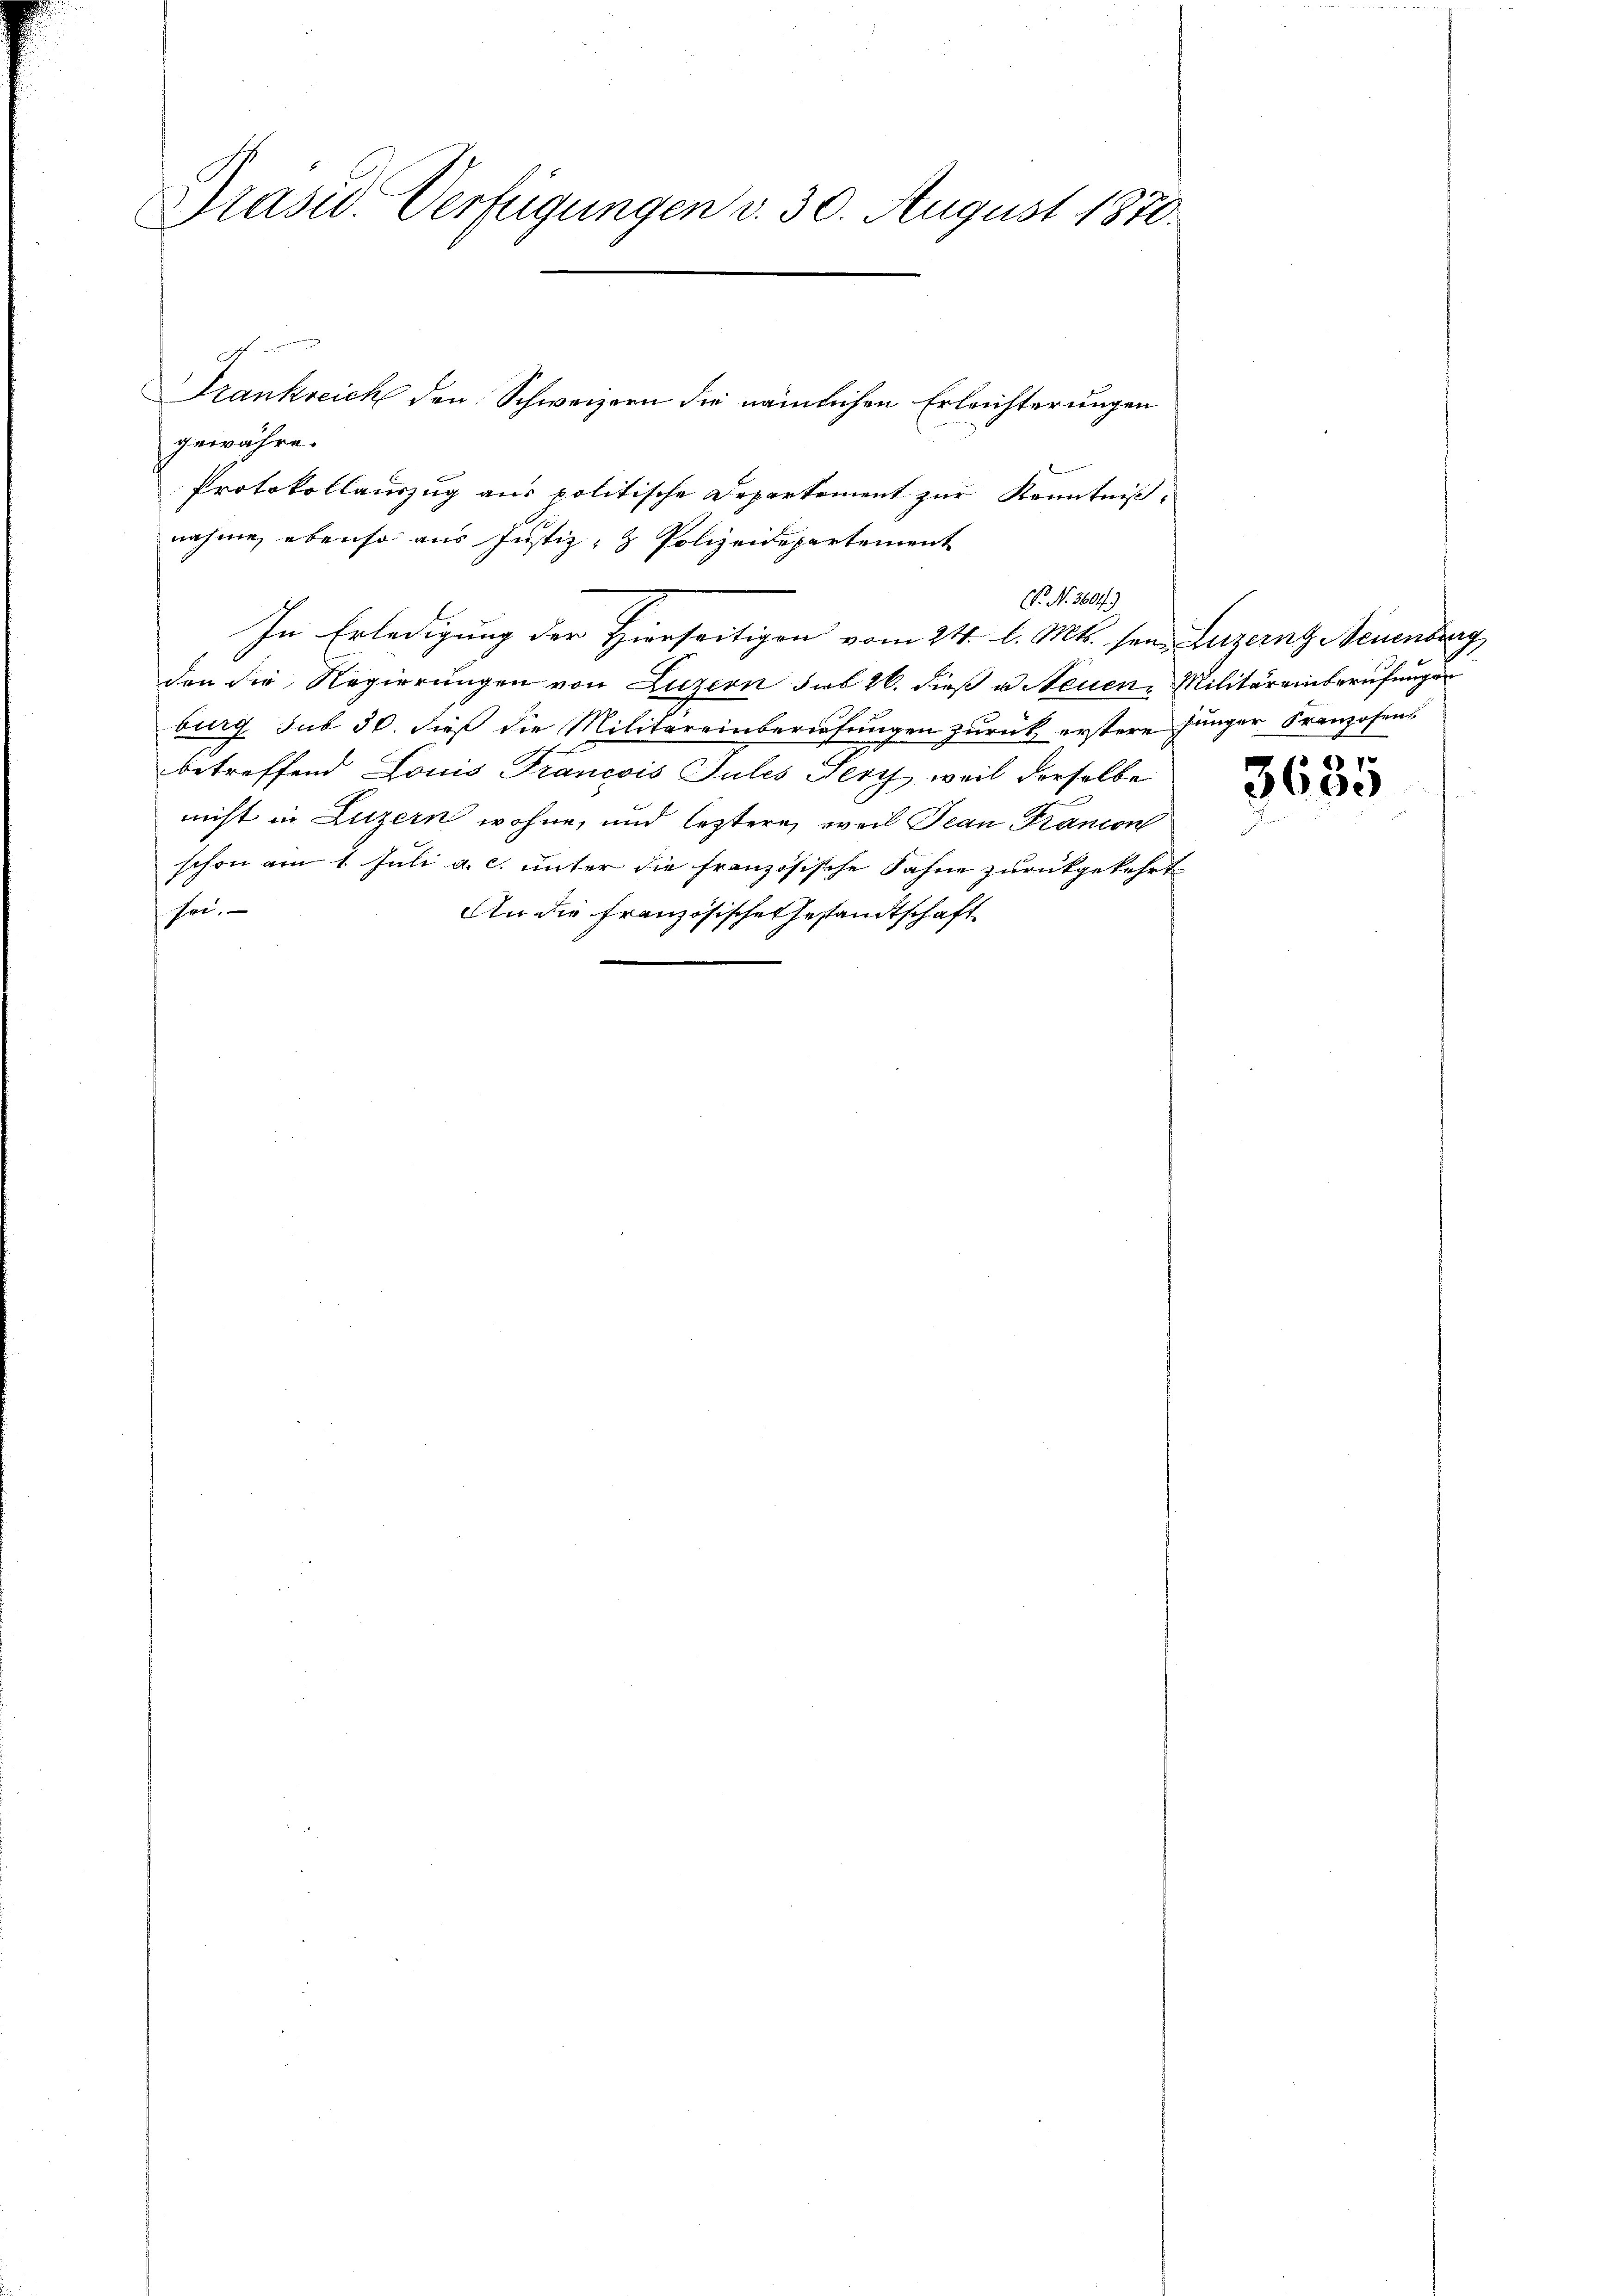
Präsid. Verfügungen v. 30. August 1870.

gewähre.
Protokollauszug aus politische Departement zur Kenntnißnahme, ebenso aus Justiz- & Polizeidepartement
In Erledigung der Hierseitigen vom 24. d. Mts. sen. Luzernz Neuenburg
den die Regierungen von Luzern sub 26. dieß u Neuen Militäreinberufungen
burg sub 30. dieß die Militäreinberiehungen zurück erstere Jünger Franzosens
betreffend Louis Francois Julis Terz, weil derselbe
nicht in Luzern wohne, und leztere, weil Dean Francon
schon am 1. Juli a. c. unter die französische Fahne zurückgekehrt
he
An die Französische Gestandtschaft

Frankreich den Schweizern die nämlichen Erleichterungen

C. N. 360 f.)

1
3600